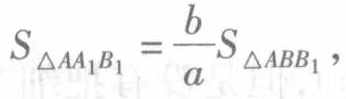
$S_{\triangle AA_{1}B_{1}} = \frac{b}{a}S_{\triangle ABB_{1}},$